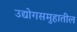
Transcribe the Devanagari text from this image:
उद्योगसमुहातील